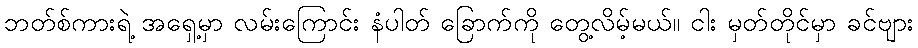
ဘတ်စ်ကားရဲ့ အရှေ့မှာ လမ်းကြောင်း နံပါတ် ခြောက်ကို တွေ့လိမ့်မယ်။ ငါး မှတ်တိုင်မှာ ခင်ဗျား